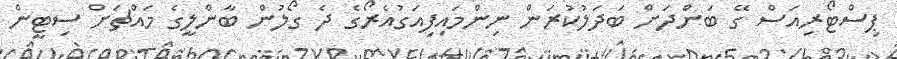
ޕިސްޓޯރިއަސް ގޭ ބަންދަށް ބަދަލުކުރަން ނިންމައިފިއަގުއެރޯގެ ދެ ގޯލުން ބާންލީގެ މައްޗަށް ސިޓީން